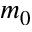
m _ { 0 }